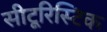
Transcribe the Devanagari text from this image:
सीटूरिस्टिक